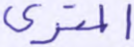
المتري